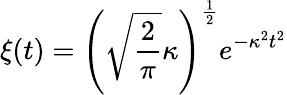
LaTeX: \xi(t)=\left(\sqrt{\frac{2}{\pi}}\kappa\right)^{\frac{1}{2}}e^{-\kappa^{2}t^{2}}